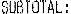
SUBTOTAL: